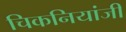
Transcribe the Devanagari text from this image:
चिकनियांजी